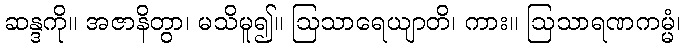
ဆန္ဒကို။ အဇာနိတွာ၊ မသိမူ၍။ ဩသာရေယျာတိ၊ ကား။ ဩသာရဏကမ္မံ၊